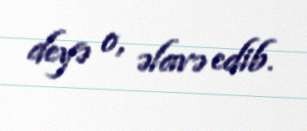
deyə o, əlavə edib.